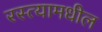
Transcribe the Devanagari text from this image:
रस्त्यामधील